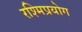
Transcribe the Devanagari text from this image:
रश्मिप्रयोग